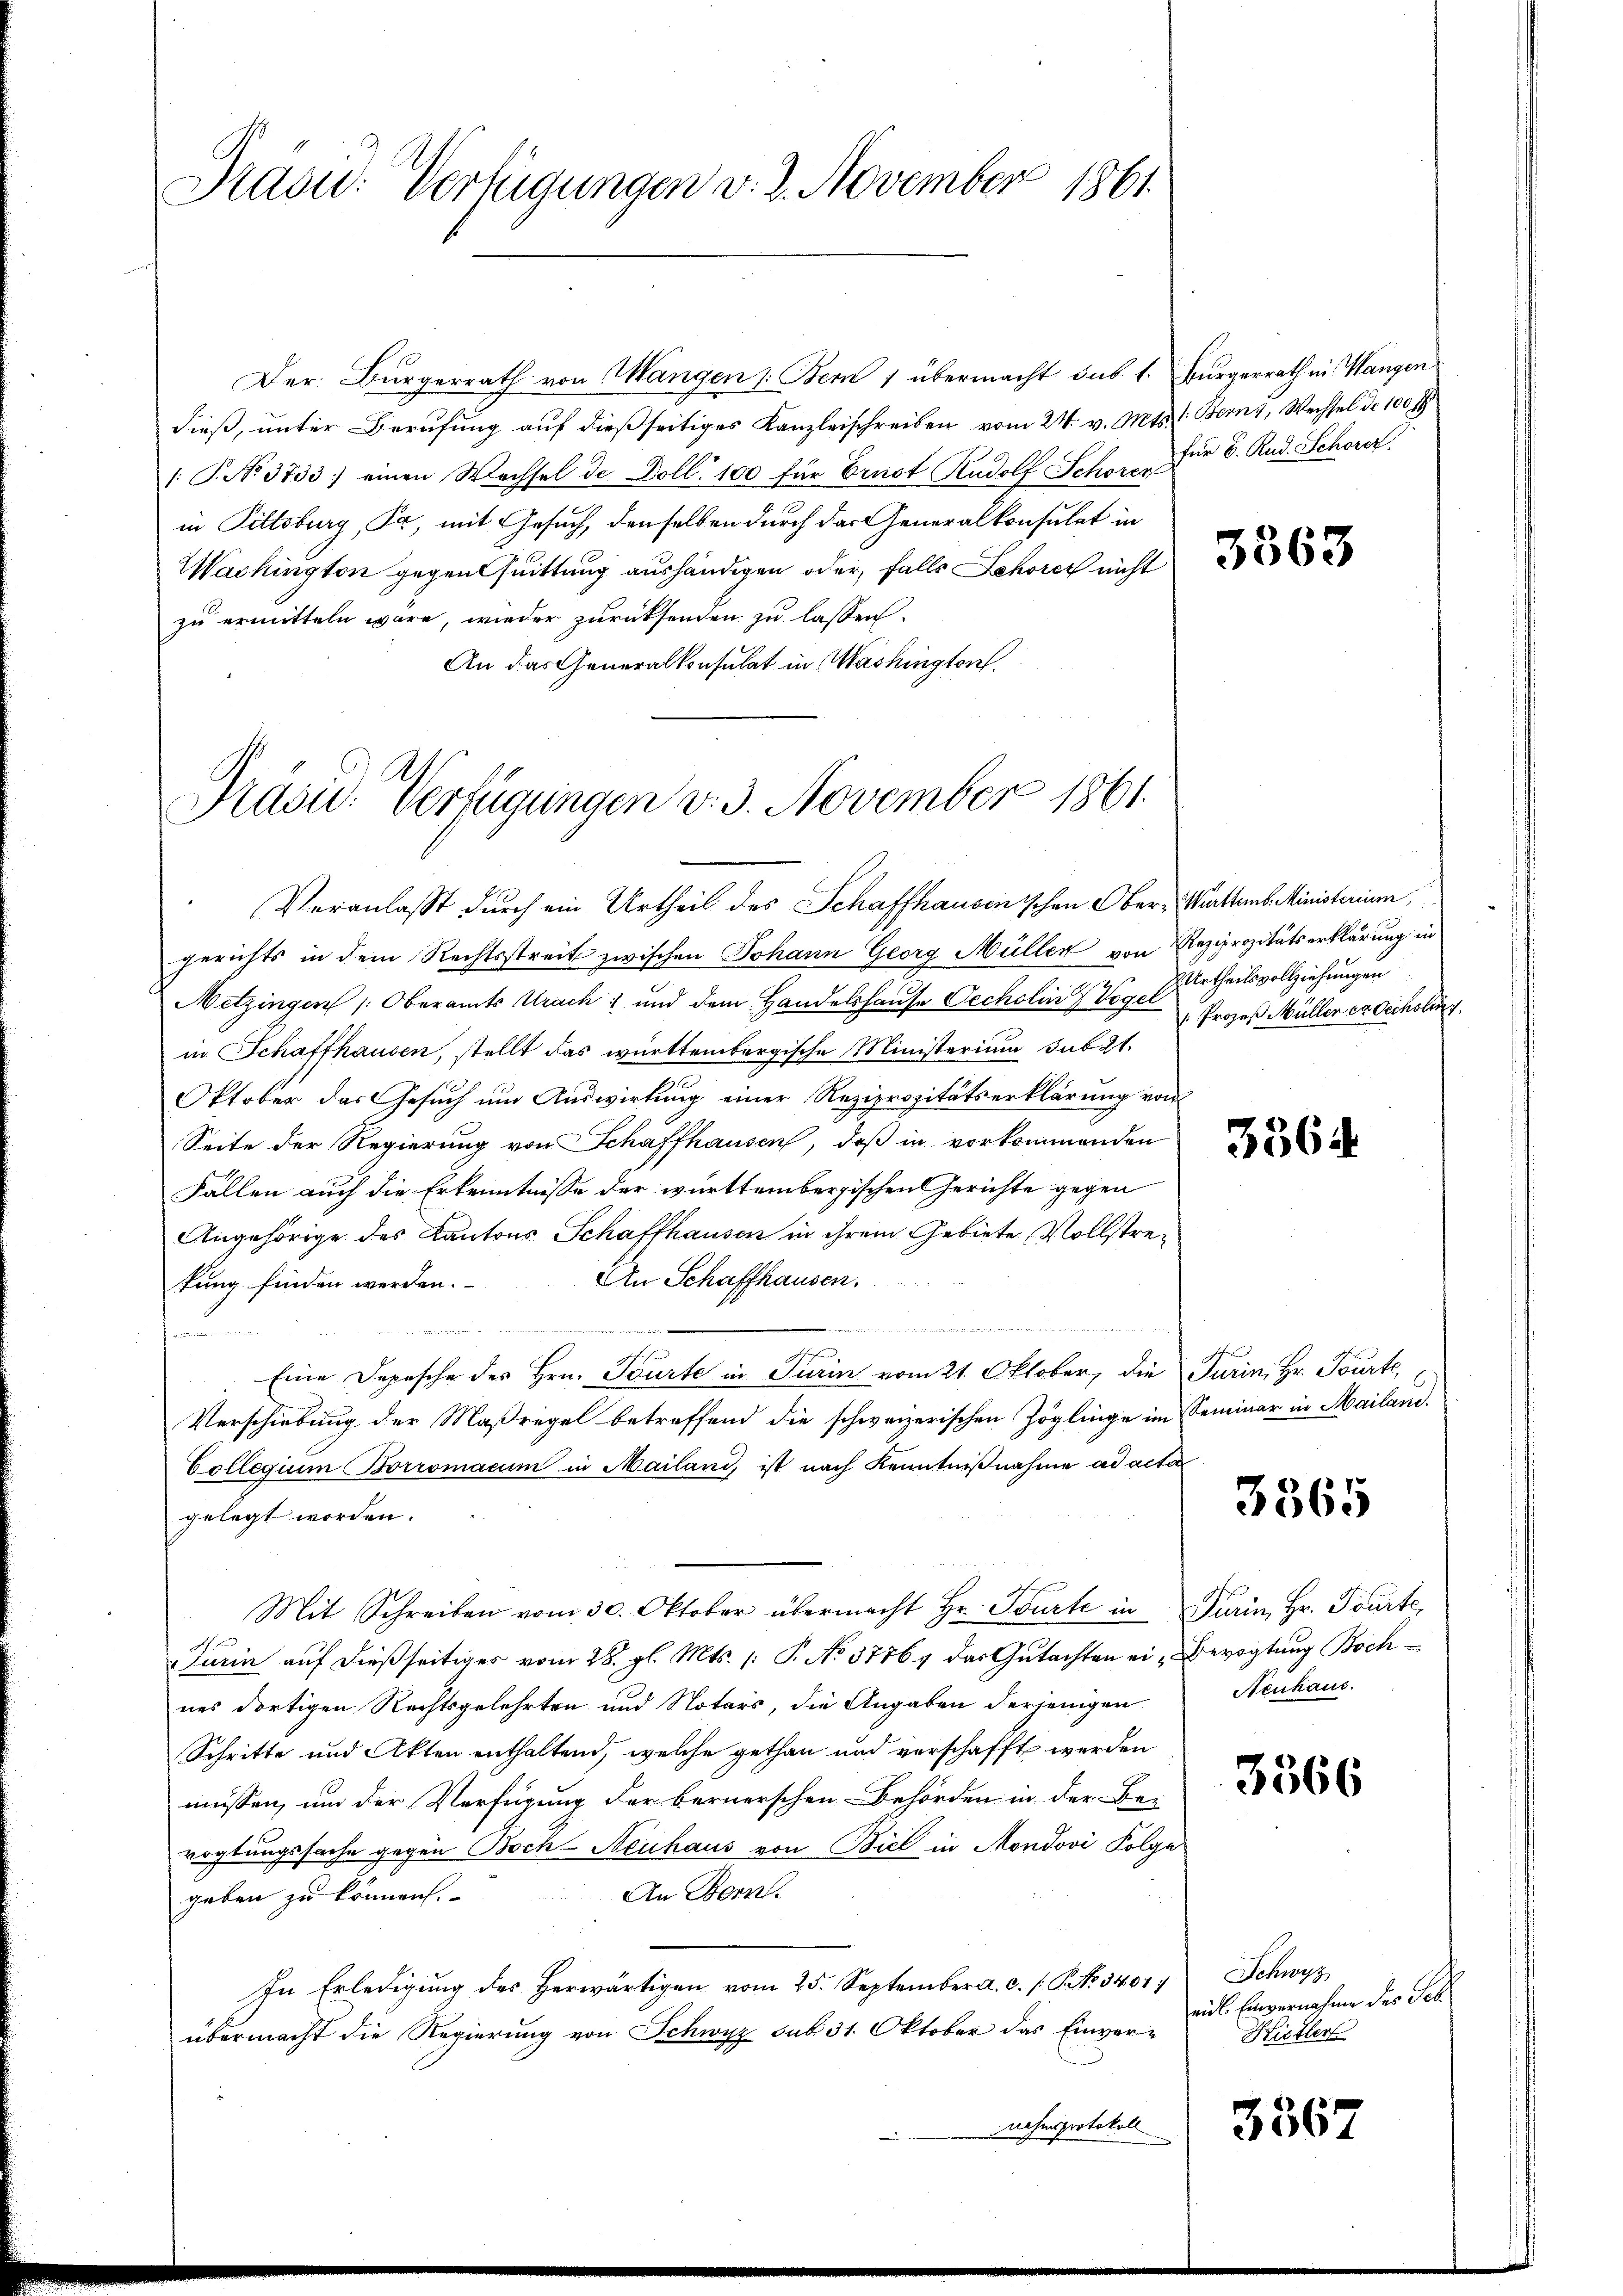
Präsid. Verfügungen v. 2. November 1861

Der Bürgerrath von Mangen (Bern 1 übermacht sub 1. Bürgerrath in Wangen
dieß, unter Berufung auf dießseitiges Kanzleischreiben vom 24. v. Mts. (Berny, Wechsel de 100 fl.
1. P. No 3733. einen Wechsel de Doll. 100 für Ernst Rudolf Schon für 6. Rud. Schorer,
in Pittsburg, Pa, mit Gesuch, denselben durch das Generalkonsulat in
Wackington gegensuittung aushändigen oder, falls Schores nicht
zu ermitteln wäre, wieder zurücksenden zu lassen.
An das Generalkonsulat in Washington

Prasid. Verfügungen v. 3. November 1861.

Veranlasst durch ein Urtheil des Schaffhausen schon Ober-Warttemb. Ministerium,
gerichts in dem Rechtsstreit zwischen Johann Georg Müller von Reziprozitätserklärung in
Metzingen /: Oberamts Urach und dem Handelshause Oechslin Vogel
in Schaffhausen, stellt das württembergische Ministerium sub 21.
Oktober das Gesuch um Auswirkung einer Reziprozitätserklärung von
Seite der Regierung von Schaffhausen, daß in vorkommenden
Fällen auch die Erkenntnisse der württembergischen Gerichte gegen
Angehörige des Kantons Schaffhausen in ihrem Gebiete Vollstre¬
An Schaffhausen.
kung finden werden.
un
e
u
Eine Depesche des Hrn. Tourte in Turin vom 21. Oktober, die Turin, Hr. Tourte,
Verschiebung der Maßrege betreffend die schweizerischen Zöglinge im Seminar in Mailand.
Collegium Borromacum in Mailand, ist nach Kenntnißnahme ad acta
gelegt worden.
Mit Schreiben vom 30. Oktober übermacht Hr. Tourte in Parin, Hr. Tourte,
Turin auf dießseitiges vom 28. gl. Mts. /: P. No 37767 das Gŭtachten ei-Bevogtung Boch-
nes dortigen Rechtsgelehrten und Notars, die Angaben derjenigen
Schritte und Akten enthaltend, welche gethan und verschafft werden
müssen, um der Verfügung der bernerschen Behörden in der Be-
vogtungssache gegen Boch-Neuhaus von Biel in Mondovi Folge
An Bern.
geben zu können.
In Erledigung des herwärtigen vom 25. September a. c. (T. No. 3401.
übermacht die Regierung von Schwyz sub 31. Oktober das Einvernahmsprotokoll

3363

Urtheilsvollziehungen
" Prozeß Müller er Oechslung

3364

3565

Neuhaus.

3566

Schwyz
eid. Einvernahme des Seb
Kistler

3367